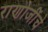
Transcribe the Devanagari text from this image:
राणोजींचे